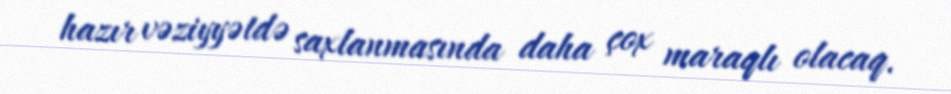
hazır vəziyyətdə saxlanmasında daha çox maraqlı olacaq.